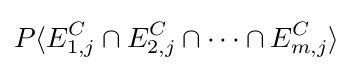
P\langle E_{1,j}^{C}\cap E_{2,j}^{C}\cap \cdots \cap E_{m,j}^{C}\rangle